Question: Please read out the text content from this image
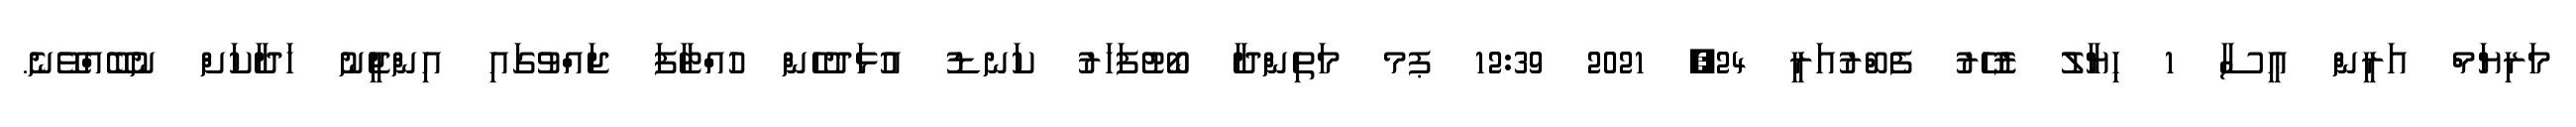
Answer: މަރިޔަމް އަރީން ޢީސާ 1 ހިޔާލު ޒުހޭރު ފެބްރުއަރީ 24, 2021 12:39 ޕމ މަތިންދާ ބޯޓުފަހަރު ކަނޑު އުޅަދުހެން ހުއްޓާފަ ޖައްވުގައި އިންޖީނު ހަދާކަށް ނުބޭއްވޭނެ.